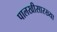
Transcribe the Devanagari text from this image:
पालखीसारख्या